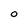
Character: O